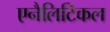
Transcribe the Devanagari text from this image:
एनैलिटिकल